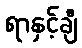
ရာနှင့်ချီ